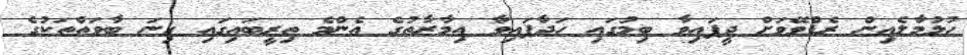
ހުޅުމާލެއިން ރެޑްވޭވަށް ދީފައިވާ ބިމުގައި ހަދާފައިވާ އިމާރާތުގެ އެންމެ ތިރީބައިގައި ގިނަ ބާވަތްތަކުގެ